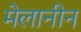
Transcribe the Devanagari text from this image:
मेलानीन